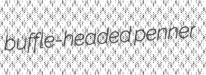
buffle-headed penner